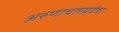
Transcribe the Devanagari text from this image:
अरुणाचलप्रदेश